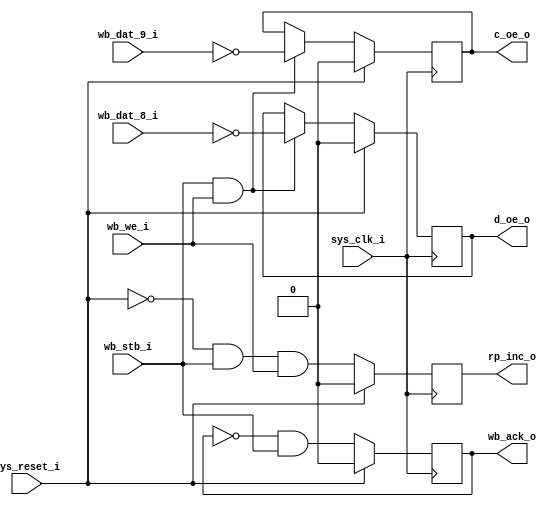
`timescale 1ns / 1ps
//////////////////////////////////////////////////////////////////////////////////
// Company: 
// Engineer: 
// 
// Design Name:		UXA 1A
// Module Name:		M_uxa_ps2_busctl 
// Project Name:		Kestrel-2
// Target Devices:	Nexys2
// Tool versions:
// Description:
//		The PS/2 interface adapter isn't worth anything if you
// 	cannot use a microprocessor to talk to it.  Towards this
// 	goal, we implement a Wishbone-compatible bus interface.
//		This module's purpose deals with Wishbone's control bus
//		signals and bus timing/acknowledgement state machines.
//
// Dependencies: 
//
// Revision: 
// Revision 0.01 - File Created
// Additional Comments: 
//
//////////////////////////////////////////////////////////////////////////////////
module M_uxa_ps2_busctl(
	input sys_clk_i,
	input sys_reset_i,
	input wb_we_i,
	input wb_stb_i,
	input wb_dat_8_i,
	input wb_dat_9_i,
	output wb_ack_o,
	output rp_inc_o,
	output c_oe_o,
	output d_oe_o
);

	// When reading from the I/O port, we may simply respond to
	// the processor's WB_STB_I signal right away.  Reading from
	// the I/O port takes no action.  It's assumed that other logic
	// maps the q_o outputs of the FIFO module directly to the
	// wb_dat_o outputs.
	//
	// Update -- we need to insert wait states for the Kestrel's
	// specific implementation of the J1A processor, because it's
	// unable to handle at-clock-rate memory accesses.
	//
	// Original code: assign wb_ack_o = wb_stb_i;
	reg wb_ack;
	assign wb_ack_o = wb_ack;
	
	// When writing, however, we need to be more careful.  First,
	// we need to capture the values of the C and D signals, and
	// perhaps drive the corresponding PS/2 signals low.
	reg c_oe;
	reg d_oe;
	assign c_oe_o = c_oe;
	assign d_oe_o = d_oe;
	
	// We also want to pop the FIFO upon writing to the port.
	// rp_inc_n is the next clock's value for rp_inc.
	reg rp_inc;
	wire rp_inc_n = (~sys_reset_i & wb_stb_i & wb_we_i);
	assign rp_inc_o = rp_inc;

	always @(posedge sys_clk_i) begin
		if (sys_reset_i) begin
			c_oe <= 0;
			d_oe <= 0;
			rp_inc <= 0;
			wb_ack <= 0;
		end else begin
			wb_ack <= ~wb_ack & wb_stb_i;
			rp_inc <= rp_inc_n;
			if(wb_stb_i & wb_we_i) begin
				c_oe <= ~wb_dat_9_i;
				d_oe <= ~wb_dat_8_i;
			end
		end
	end
endmodule